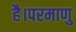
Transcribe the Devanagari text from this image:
है।परमाणु